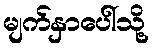
မျက်နှာပေါ်သို့